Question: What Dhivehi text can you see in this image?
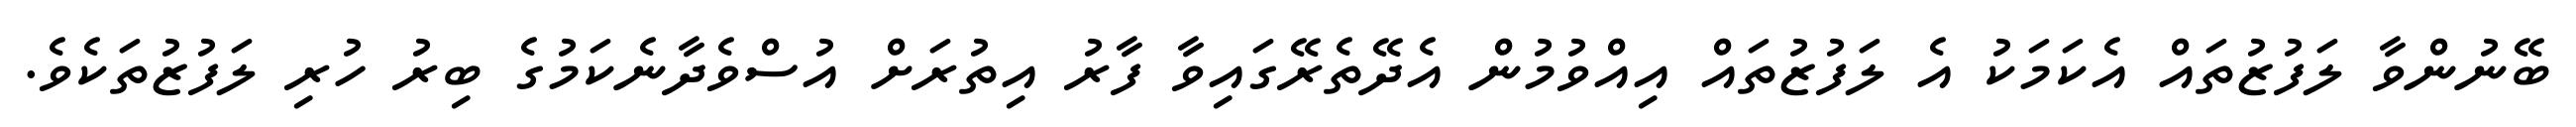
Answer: ބޭނުންވާ ލަފުޒުތައް އެކަމަކު އެ ލަފުޒުތައް އިއްވުމުން އެދޭތެރޭގައިވާ ފާރު އިތުރަށް އުސްވެދާނެކަމުގެ ބިރު ހުރި ލަފުޒުތަކެވެ.